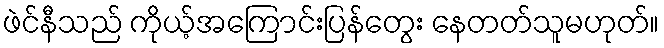
ဖဲင်နီသည် ကိုယ့်အကြောင်းပြန်တွေး နေတတ်သူမဟုတ်။